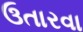
ઉતારવા